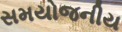
સમયોજનીય